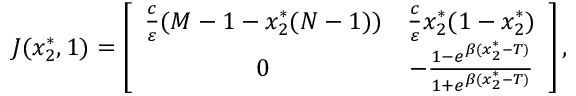
\begin{array} { r } { J ( x _ { 2 } ^ { * } , 1 ) = \left[ { \begin{array} { c c } { \frac { c } { \varepsilon } ( M - 1 - x _ { 2 } ^ { * } ( N - 1 ) ) } & { \frac { c } { \varepsilon } x _ { 2 } ^ { * } ( 1 - x _ { 2 } ^ { * } ) } \\ { 0 } & { - \frac { 1 - e ^ { \beta ( x _ { 2 } ^ { * } - T ) } } { 1 + e ^ { \beta ( x _ { 2 } ^ { * } - T ) } } } \end{array} } \right] , } \end{array}